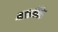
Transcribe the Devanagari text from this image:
माएस्थेनिक